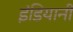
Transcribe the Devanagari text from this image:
इंडियानी